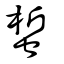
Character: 蜤